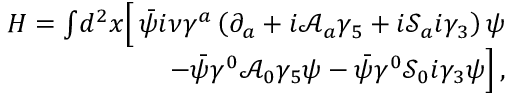
\begin{array} { r } { H = \int \! d ^ { 2 } x \Big [ \, \bar { \psi } i \nu \gamma ^ { a } \left( \partial _ { a } + i \mathcal { A } _ { a } \gamma _ { 5 } + i \mathcal { S } _ { a } i \gamma _ { 3 } \right) \psi } \\ { - \bar { \psi } \gamma ^ { 0 } \mathcal { A } _ { 0 } \gamma _ { 5 } \psi - \bar { \psi } \gamma ^ { 0 } \mathcal { S } _ { 0 } i \gamma _ { 3 } \psi \Big ] \, , } \end{array}